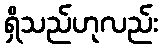
ရှိသည်ဟုလည်း